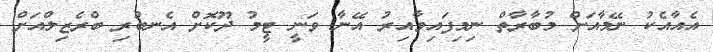
އެއާއެކު ނޭމާއަށް މުބާރާތް ނިމިފައިވާއިރު އޭނާ ވަނީ ޓީމު ދޫކޮށް އެނބުރި ބްރެޒިލްއަށް